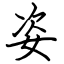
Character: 姿